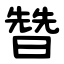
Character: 㬱